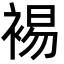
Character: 裼